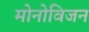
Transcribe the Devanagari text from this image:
मोनोविजन